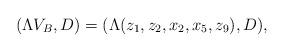
LaTeX: \begin{align*}(\Lambda V_B,D)=(\Lambda(z_1,z_2,x_2,x_5,z_9),D),\end{align*}